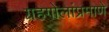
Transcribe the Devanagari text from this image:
ग्रहगोलांप्रमाणे